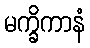
မက္ခိကာနံ